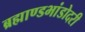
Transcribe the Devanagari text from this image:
ब्रह्माण्डभांडोदरी